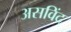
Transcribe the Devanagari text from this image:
असविंद